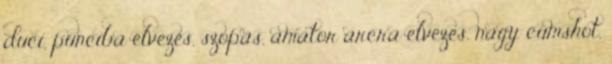
duci, punciba élvezés, szopás, amator arcra elvezes, nagy cumshot,